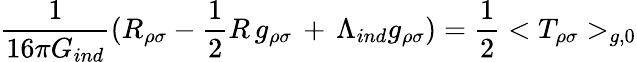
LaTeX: {\frac{1}{16\pi G_{ind}}}(R_{\rho\sigma}-{\frac{1}{2}}R\, g_{\rho\sigma}\, +\, \Lambda_{ind}g_{\rho\sigma})={\frac{1}{2}}<T_{\rho\sigma}>_{g,0}